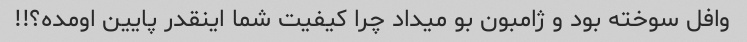
وافل سوخته بود و ژامبون بو میداد چرا کیفیت شما اینقدر پایین اومده؟!!